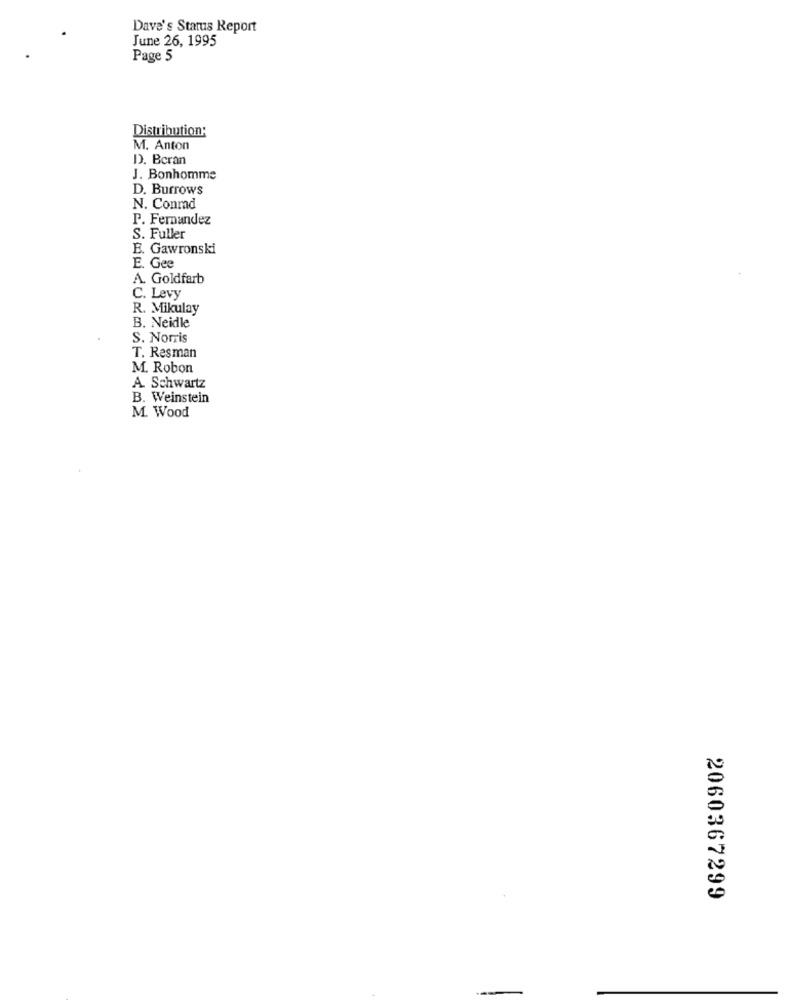
Dave's Status Report
June 26, 1995
Page 5
Distribution:
M. Anton
D). Beran
J. Bonhomme
D. Burrows
N. Conmad
P. Fernandez
S. Fuller
E. Gawronski
E. Gee
A. Goldfarb
C. Levy
R. Mikulay
B. Neidle
S. Norris
T. Resman
M. Robon
A. Schwartz
B. Weinstein
M. Wood
2060367299